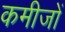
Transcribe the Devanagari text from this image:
कमीजों